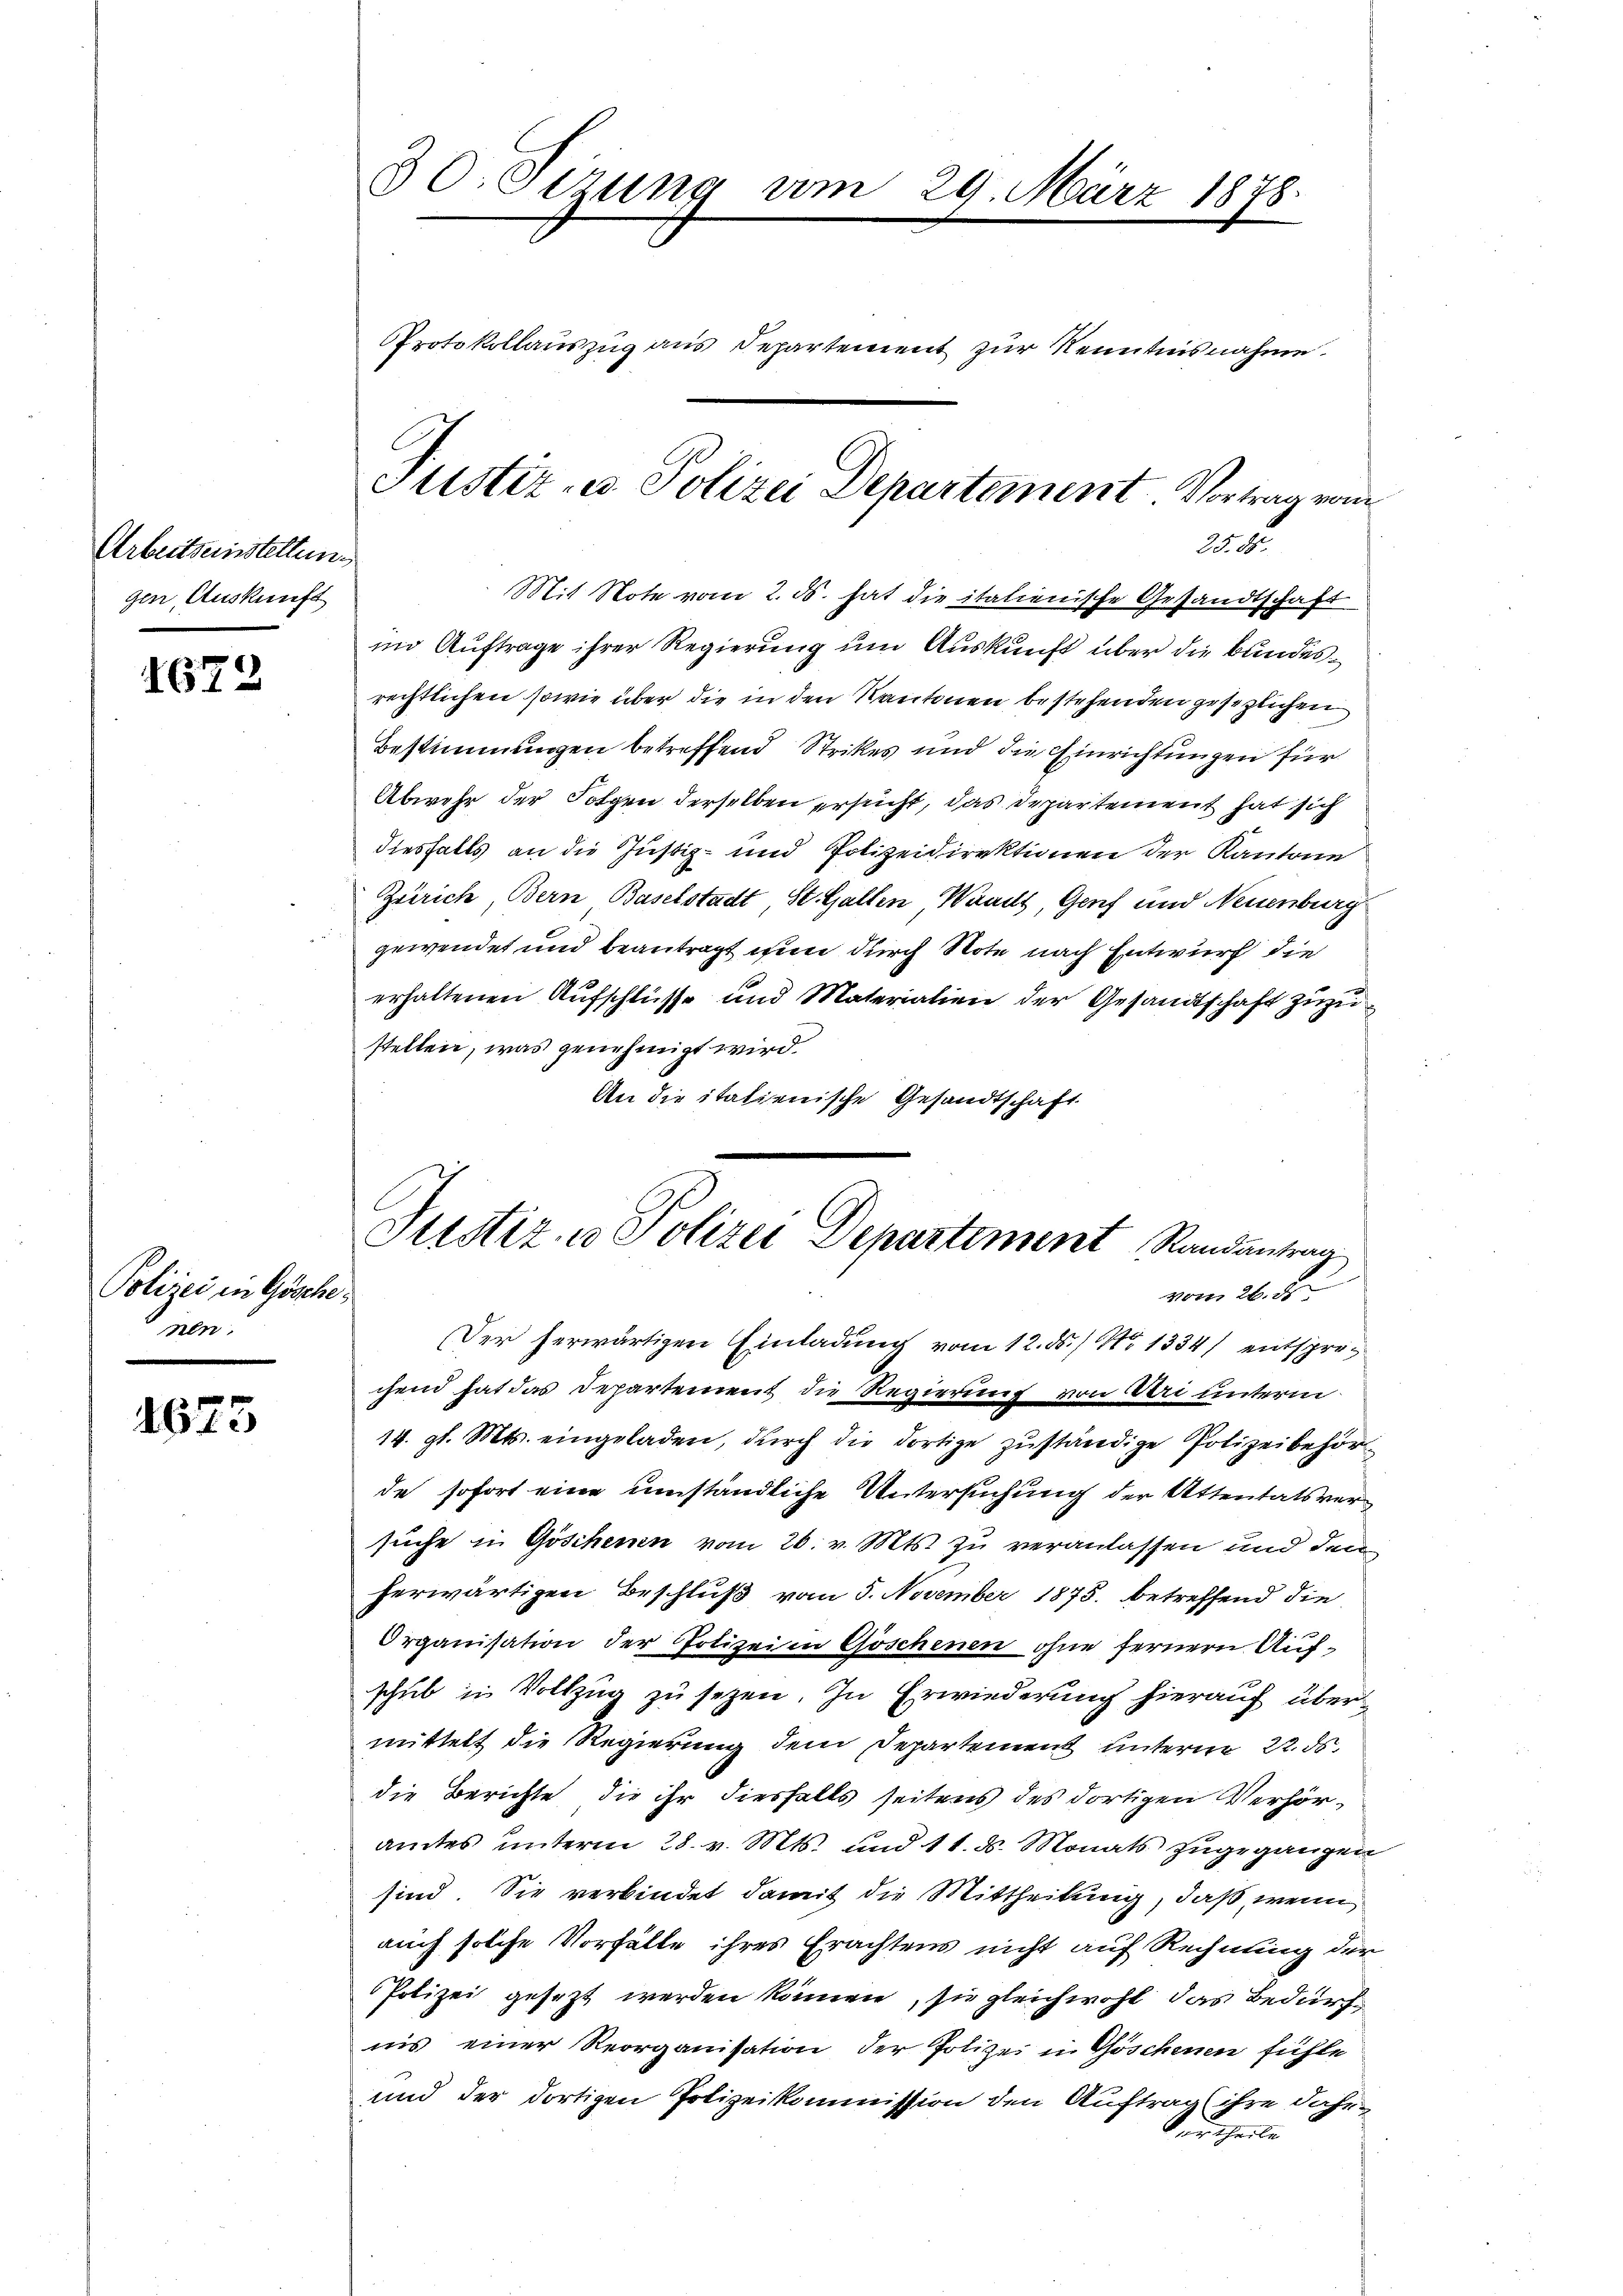
Arbeitseinstellung
gen, Auskunft

1672

Polizei in Göscheier.

1673

80. Verung vom 29. März 1878
PProtokollauszug aus Departement zur Kenntnisnahme

2.
Mit Note vom 2. ds. hat die italienische Gesandtschaft
im Auftrage ihrer Regierung um Auskunft über die bundesrechtlichen sowie über die in den Kantonen bestehenden gesezlichen
Bestimmungen betreffend Strikes und die Einrichtungen für
Abwehr der Folgen derselben ersucht, das Departement hat sich
diesfalls an die Justiz- und Polizeidirektionen der Kantone
Zürich, Bern Baselstadt, St. Gallen, Waadt, Genf und Neuenburg
gewendet und beantragt nun durch Note nach Entwurf die
erhaltenen Aufschlüsse und Materialien der Gesandtschaft zuzustellen, was genehmigt wird.
An die italienische Gesandtschaft
Der herwärtigen Einladung vom 12. ds. / No 1334) entsprechend hat das Departement die Regierung von Uri unterm
14. gl. Mts. eingeladen, durch die dortige zuständige Polizeibehörde sofort eine umständliche Untersuchung der Attentatsversuche in Göschenen vom 26. v. Mts. zu veranlassen und den
herwärtigen Beschluß vom 5. November 1875. betreffend die
Organisation der Polizei in Göschenen ohne fernern Aufschub in Vollzug zu sezen. In Erwiederung hierauf übermittelt die Regierung dem Departement unterm 22. ds.
die Berichte, die ihr diesfalls seitens des dortigen Verhöramtes unterm 28. v. Mts. und 11. ds. Monats zugegangen
sind. Sie verbindet damit die Mittheilung, daß, wenn
auch solche Vorfälle ihres Erachtens nicht auf Rechnung der
Polizei gesezt werden können, sie gleichwohl das Bedürfnis einer Reorganisation der Polizei in Göschenen fühle
und der dortigen Polizeikommission den Auftrag (ihre Jahrurtheile

Justiz- u. Polizei Departement Vortrag vom

Justiz u. Polizei Departement Randantrag
vom 26. d